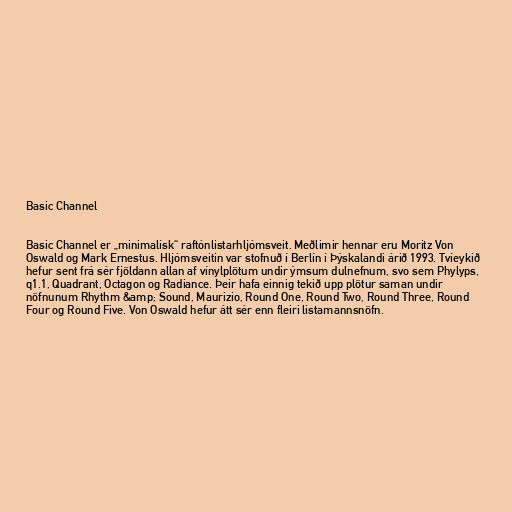
Basic Channel

Basic Channel er „minimalísk“ raftónlistarhljómsveit. Meðlimir hennar eru Moritz Von
Oswald og Mark Ernestus. Hljómsveitin var stofnuð í Berlín í Þýskalandi árið 1993. Tvíeykið
hefur sent frá sér fjöldann allan af vínylplötum undir ýmsum dulnefnum, svo sem Phylyps,
q1.1, Quadrant, Octagon og Radiance. Þeir hafa einnig tekið upp plötur saman undir
nöfnunum Rhythm &amp; Sound, Maurizio, Round One, Round Two, Round Three, Round
Four og Round Five. Von Oswald hefur átt sér enn fleiri listamannsnöfn.